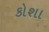
કોશા